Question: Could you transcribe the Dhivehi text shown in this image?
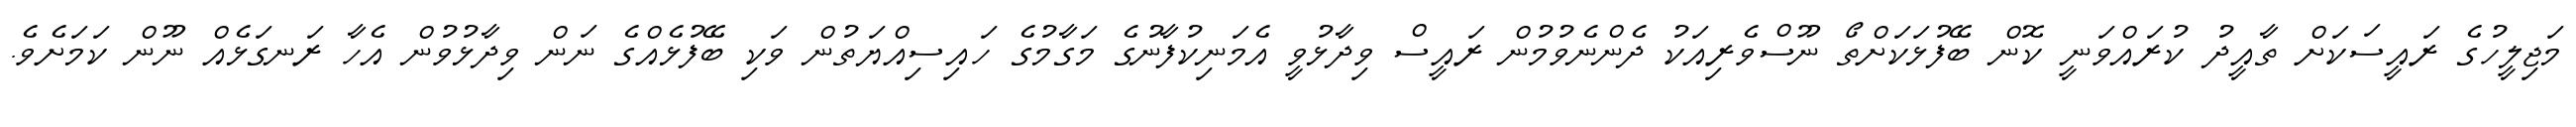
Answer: މަޖިލީހުގެ ރައީސަކަށް ތާއީދު ކުރައްވަނީ ކޮން ބޭފުޅަކަށްތޯ ނޫސްވެރިއަކު ދެންނެވުމުން ރައީސް ވިދާޅުވީ އެމަނިކުފާނުގެ މަގާމުގެ ހައިސިއްޔަތުން ވަކި ބޭފުޅެއްގެ ނަން ވިދާޅުވުން އެހާ ރަނގަޅެއް ނޫން ކަމަށެވެ.